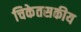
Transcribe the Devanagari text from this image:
चिकेतसकीय